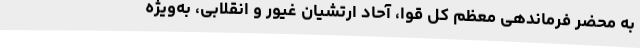
به محضر فرماندهی معظم کل قوا، آحاد ارتشیان غیور و انقلابی، به‌ویژه